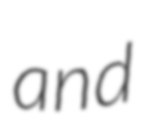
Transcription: and